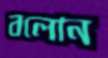
বলোন